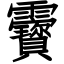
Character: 靌